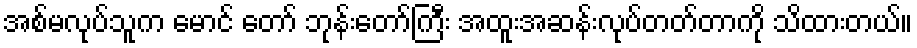
အစ်မလုပ်သူက မောင် တော် ဘုန်းတော်ကြီး အထူးအဆန်းလုပ်တတ်တာကို သိထားတယ်။